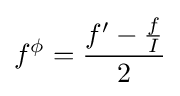
f^{\phi }={\frac {f'-{\frac {f}{I}}}{2}}